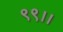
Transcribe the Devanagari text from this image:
९९।।